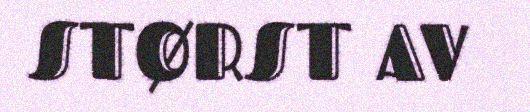
STØRST AV